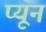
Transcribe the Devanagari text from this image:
प्यून